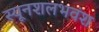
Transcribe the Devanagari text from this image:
स्यूनशलभवंश